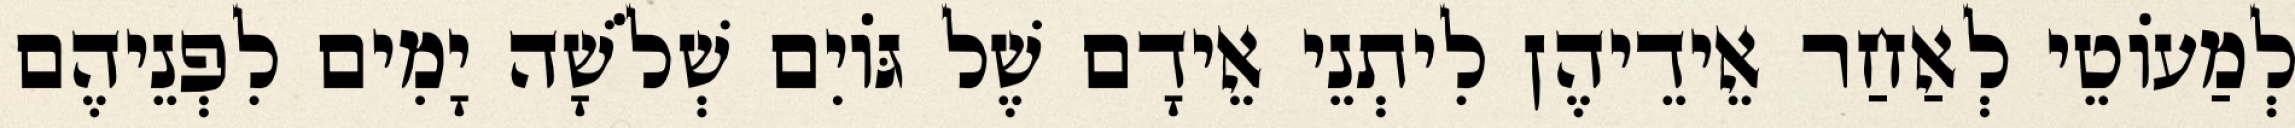
לְמַעוֹטֵי לְאַחַר אֵידֵיהֶן לִיתְנֵי אֵידָם שֶׁל גּוֹיִם שְׁלֹשָׁה יָמִים לִפְנֵיהֶם